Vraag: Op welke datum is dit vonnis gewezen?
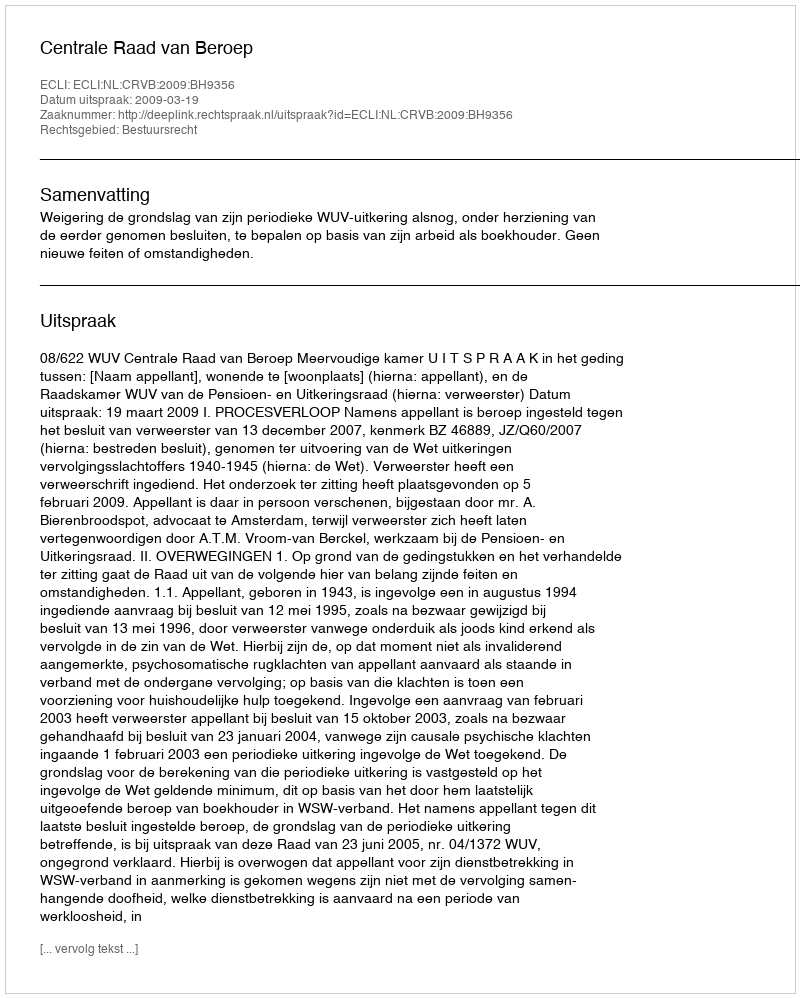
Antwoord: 2009-03-19